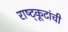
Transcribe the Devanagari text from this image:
राष्ट्कूटांची